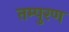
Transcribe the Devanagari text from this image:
तम्पुरण